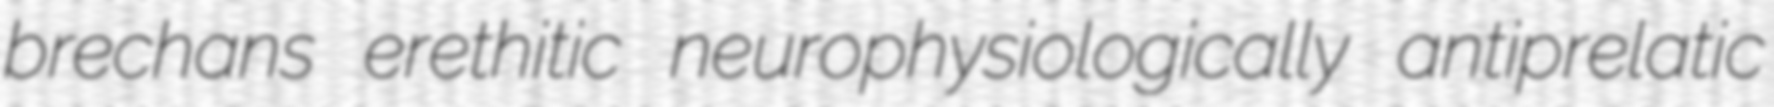
brechans erethitic neurophysiologically antiprelatic